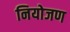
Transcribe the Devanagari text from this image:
नियोजण